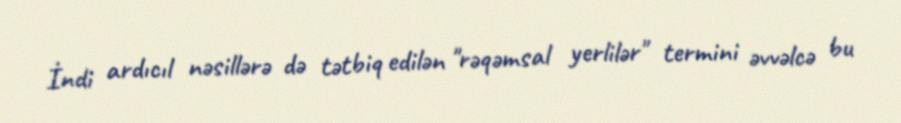
İndi ardıcıl nəsillərə də tətbiq edilən "rəqəmsal yerlilər" termini əvvəlcə bu